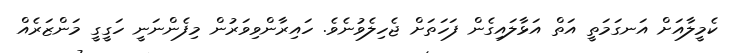
ކެމީލާއަށް އަނގަމަތީ އަތް އަޅާލައިގެން ފަހަތަށް ޖެހިލެވުނެވެ. ހައިރާންވިވަރުން މިފެންނަނީ ހަގީގީ މަންޒަރެއް